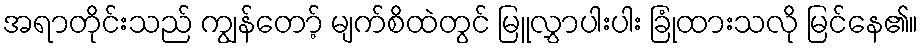
အရာတိုင်းသည် ကျွန်တော့် မျက်စိထဲတွင် မြူလွှာပါးပါး ခြုံထားသလို မြင်နေ၏။